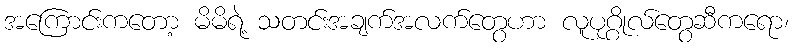
အကြောင်းကတော့ မိမိရဲ့ သတင်းအချက်အလက်တွေဟာ လူပုဂ္ဂိုလ်တွေဆီကရော၊